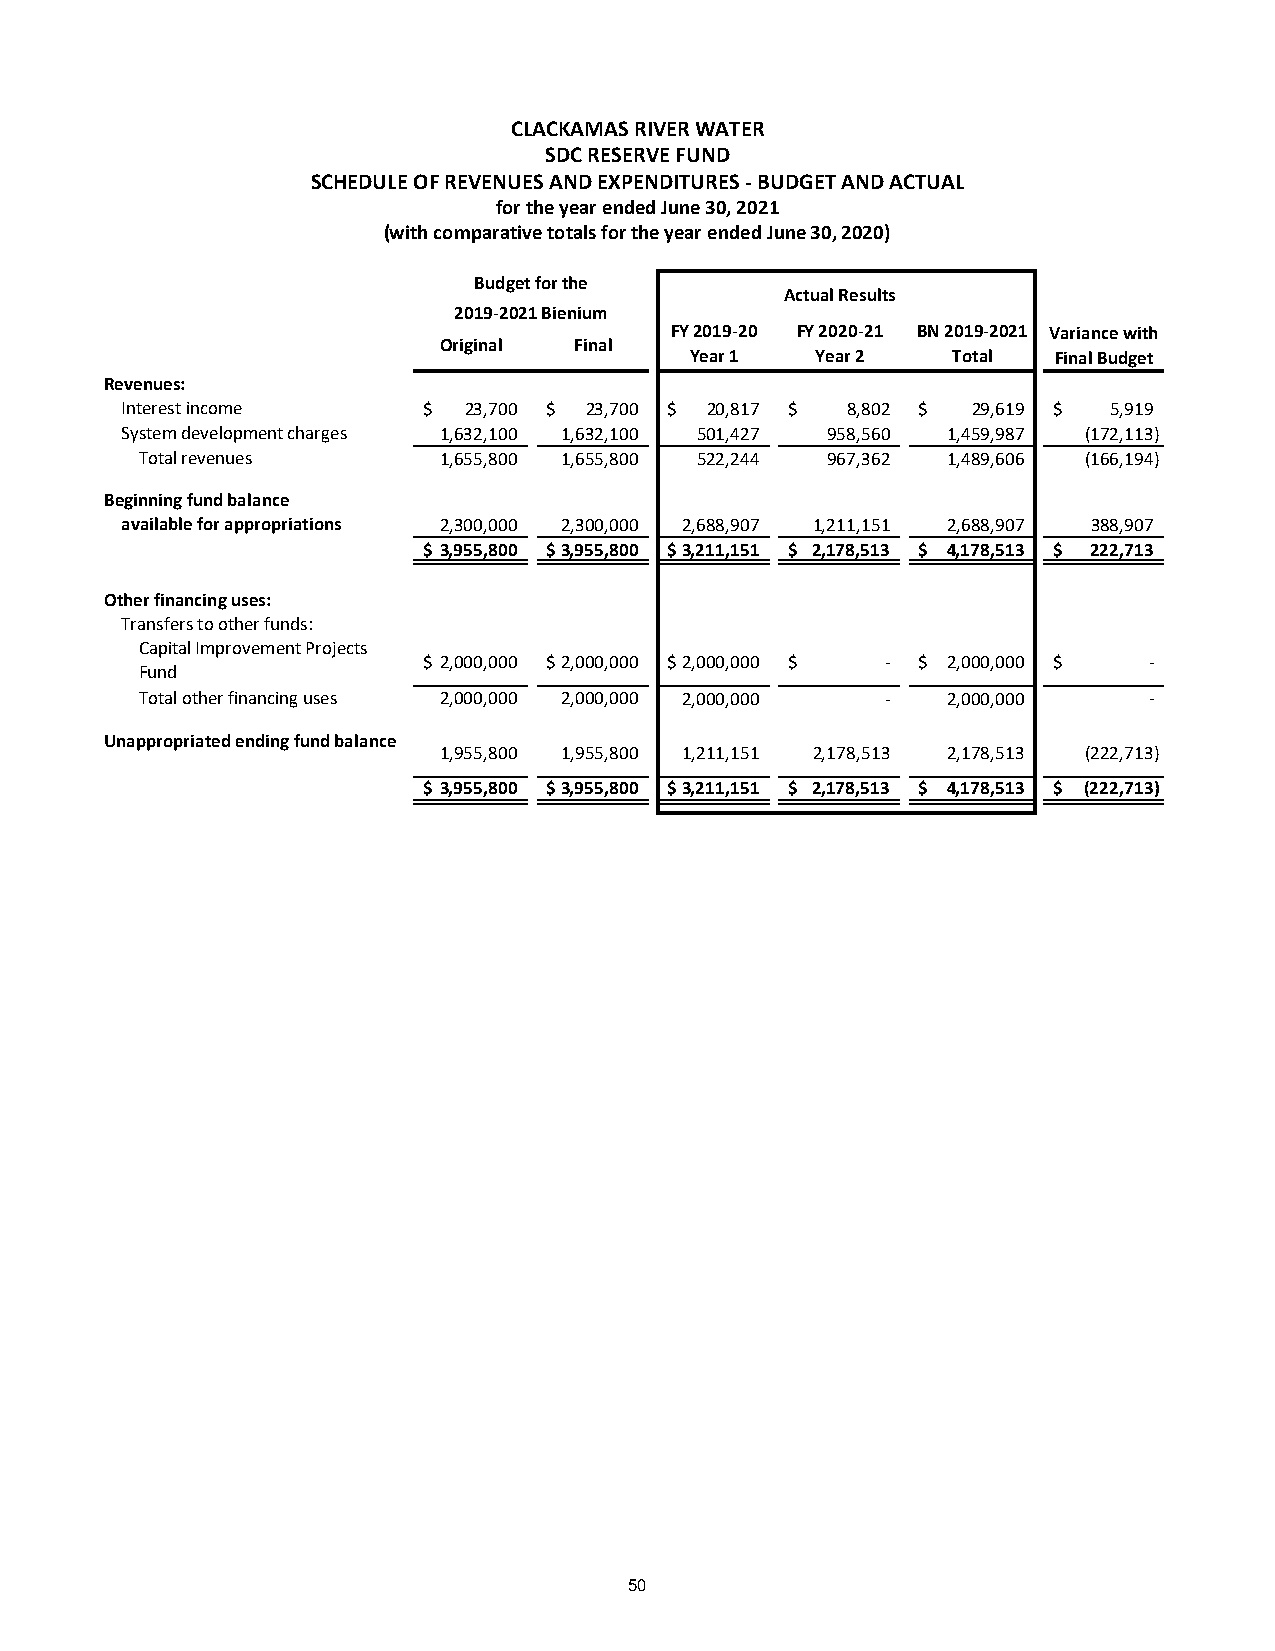
CLACKAMAS RIVER WATER
 SDC RESERVE FUND
 SCHEDULE OF REVENUES AND EXPENDITURES - BUDGET AND ACTUAL
 for the year ended June 30, 2021
 (with comparative totals for the year ended June 30, 2020)
 Budget for the
 Actual Results
 2019-2021 Bienium
 FY 2019-20 FY 2020-21 BN 2019-2021 Variance with
 Original Final
 Year 1  Year 2   Total  Final Budget
 Revenues:
 Interest income     $  23,700 $ 23,700 $ 20,817 $ 8,802 $ 29,619 $ 5,919
 System development charges 1,632,100 1,632,100 501,427 958,560 1 ,459,987 (172,113)
 Total revenues      1,655,800 1,655,800 522,244 967,362 1 ,489,606 (166,194)
 Beginning fund balance
 available for appropriations 2,300,000 2,300,000 2,688,907 1 ,211,151 2 ,688,907 3 88,907
 $ 3,955,800 $ 3,955,800 $ 3,211,151 $ 2,178,513 $ 4,178,513 $ 222,713
 Other financing uses:
 Transfers to other funds:
 Capital Improvement Projects
 $ 2 ,000,000 $ 2,000,000 $ 2,000,000 $ - $ 2,000,000 $ -
 Fund
 Total other financing uses 2,000,000 2,000,000 2,000,000 - 2 ,000,000 -
 Unappropriated ending fund balance
 1,955,800 1,955,800 1,211,151 2 ,178,513 2 ,178,513 (222,713)
 $ 3,955,800 $ 3,955,800 $ 3,211,151 $ 2,178,513 $ 4,178,513 $ (222,713)
 50